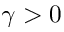
\gamma > 0